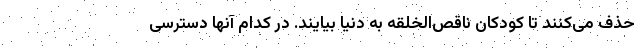
حذف می‌کنند تا کودکان ناقص‌الخلقه به دنیا بیایند. در کدام آنها دسترسی